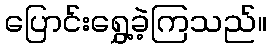
ပြောင်းရွှေ့ခဲ့ကြသည်။